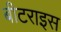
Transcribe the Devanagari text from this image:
बीटराइस